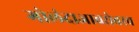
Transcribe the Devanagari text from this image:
गोलंदाजाबरोबरच